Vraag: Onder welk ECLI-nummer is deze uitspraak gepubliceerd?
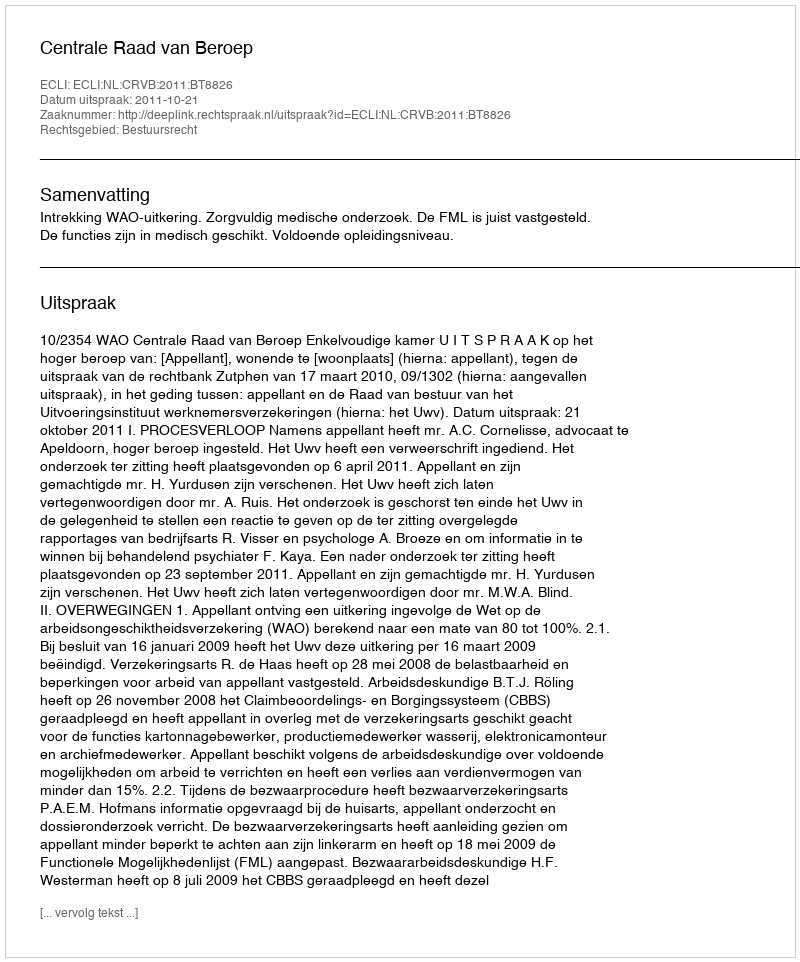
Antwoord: ECLI:NL:CRVB:2011:BT8826